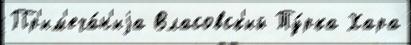
Пр'им'еча́н'иjа Власовск'ий Ту́рка Хара